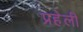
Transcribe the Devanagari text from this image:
प्रहेली